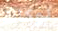
لوكالة